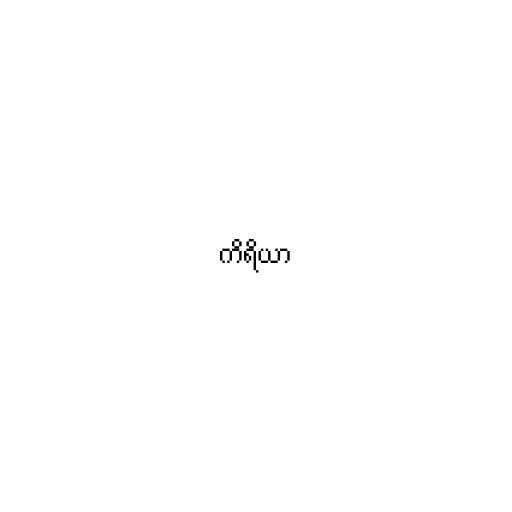
ကိရိယာ